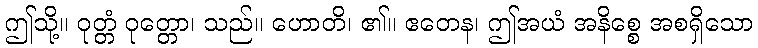
ဤသို့။ ဝုတ္တံ ဝုတ္တော၊ သည်။ ဟောတိ၊ ၏။ ဧတေန၊ ဤအယံ အနိစ္စေ အစရှိသော